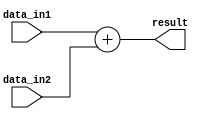
module Adder (
    input [31:0] data_in1,
    input [31:0] data_in2,
    output [31:0] result
);

assign result = data_in1 + data_in2;

endmodule